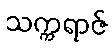
သက္ကရာဇ်